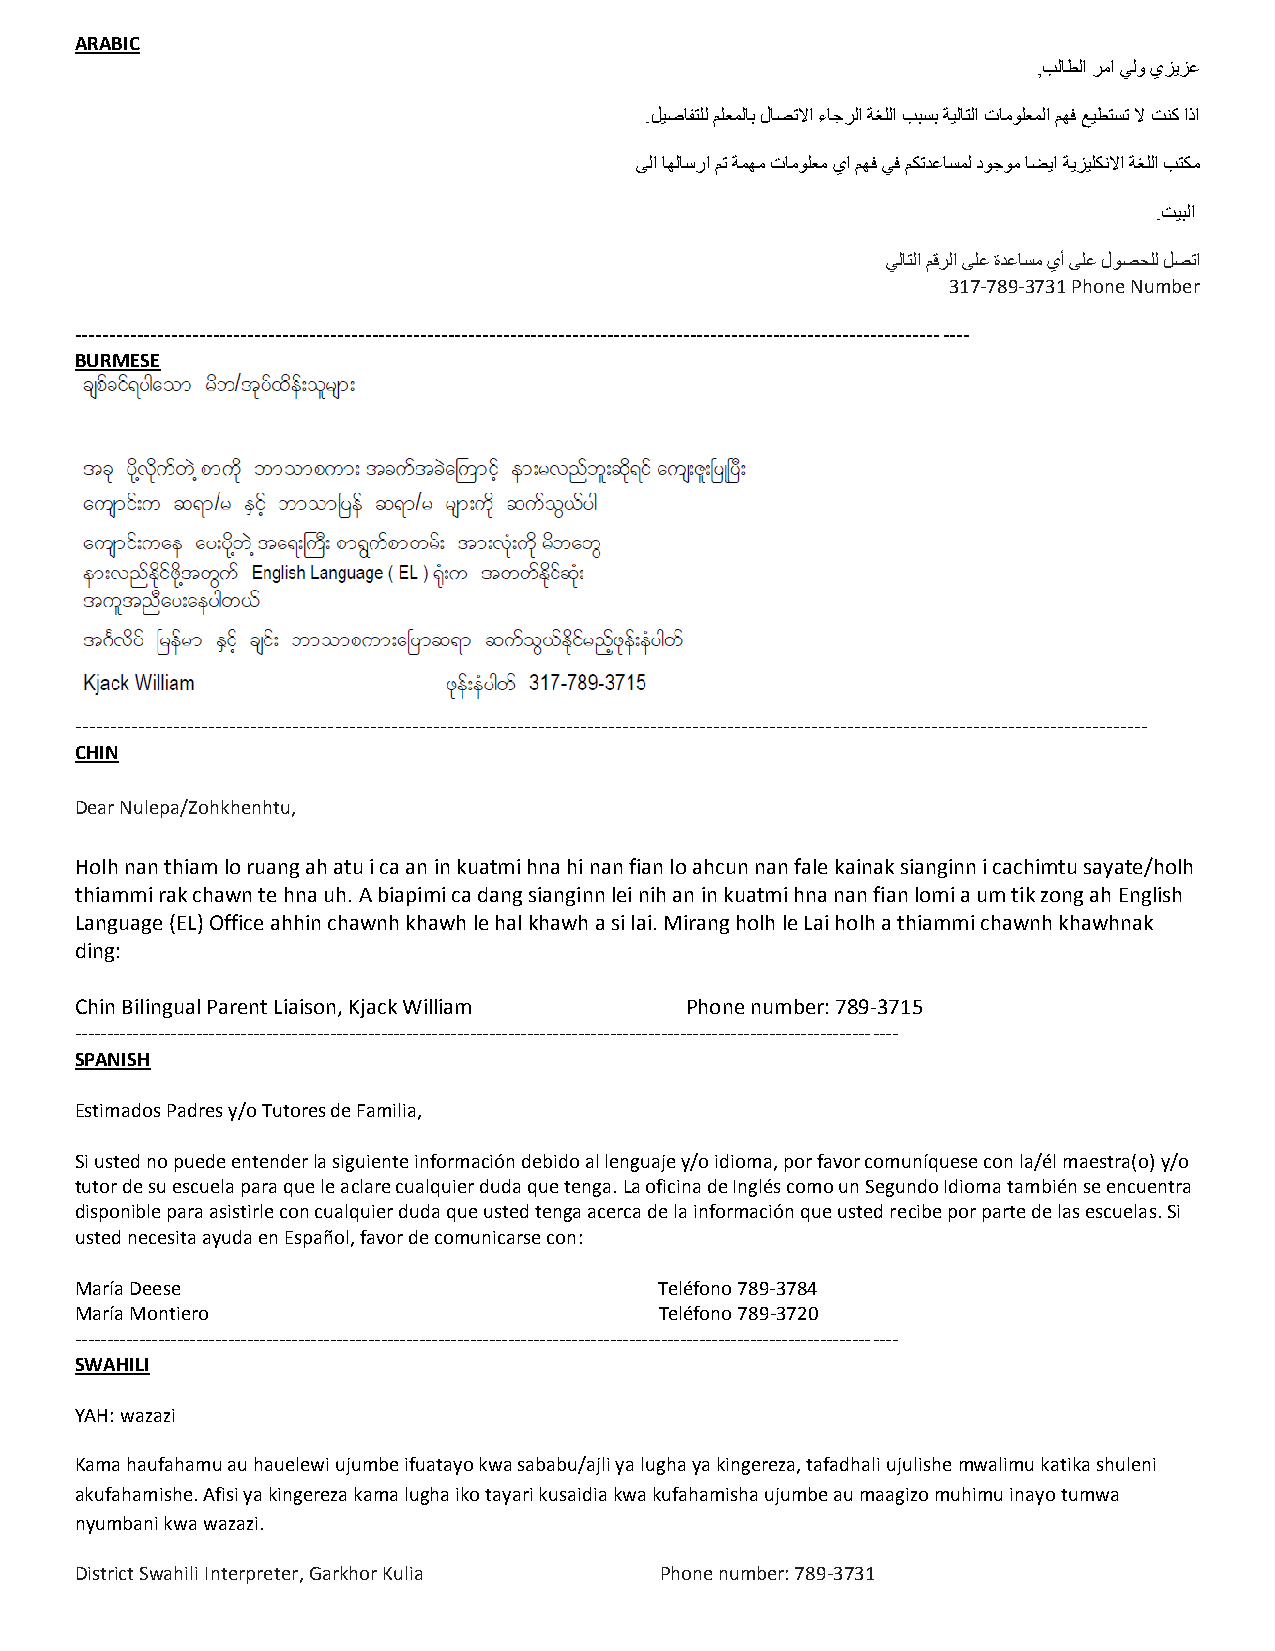
ARABIC
 ,بلاطلا رما يلو يزيزع
 .ليصافتلل ملعملاب لاصتلاا ءاجرلا ةغللا ببسب ةيلاتلا تامولعملا مهف عيطتست لا تنك اذا
 ىلا اهلاسرا مت ةمهم تامولعم يا مهف يف مكتدعاسمل دوجوم اضيا ةيزيلكنلاا ةغللا بتكم
 .تيبلا
 يلاتلا مقرلا ىلع ةدعاسم يأ ىلع لوصحلل لصتا
 317-789-3731 Phone Number
 ---------------------------------------------------------------------------------------------------------------------------------
 BURMESE
 ---------------------------------------------------------------------------------------------------------------------------------------------------------
 CHIN
 Dear Nulepa/Zohkhenhtu,
 Holh nan thiam lo ruang ah atu i ca an in kuatmi hna hi nan fian lo ahcun nan fale kainak sianginn i cachimtu sayate/holh
 thiammi rak chawn te hna uh. A biapimi ca dang sianginn lei nih an in kuatmi hna nan fian lomi a um tik zong ah English
 Language (EL) Office ahhin chawnh khawh le hal khawh a si lai. Mirang holh le Lai holh a thiammi chawnh khawhnak
 ding:
 Chin Bilingual Parent Liaison, Kjack William Phone number: 789-3715
 ---------------------------------------------------------------------------------------------------------------------------------
 SPANISH
 Estimados Padres y/o Tutores de Familia,
 Si usted no puede entender la siguiente información debido al lenguaje y/o idioma, por favor comuníquese con la/él maestra(o) y/o
 tutor de su escuela para que le aclare cualquier duda que tenga. La oficina de Inglés como un Segundo Idioma también se encuentra
 disponible para asistirle con cualquier duda que usted tenga acerca de la información que usted recibe por parte de las escuelas. Si
 usted necesita ayuda en Español, favor de comunicarse con:
 María Deese                            Teléfono 789-3784
 María Montiero                         Teléfono 789-3720
 ---------------------------------------------------------------------------------------------------------------------------------
 SWAHILI
 YAH: wazazi
 Kama haufahamu au hauelewi ujumbe ifuatayo kwa sababu/ajli ya lugha ya kingereza, tafadhali ujulishe mwalimu katika shuleni
 akufahamishe. Afisi ya kingereza kama lugha iko tayari kusaidia kwa kufahamisha ujumbe au maagizo muhimu inayo tumwa
 nyumbani kwa wazazi.
 District Swahili Interpreter, Garkhor Kulia Phone number: 789-3731